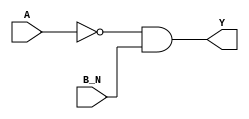
module sky130_fd_sc_ms__nor2b_2 (
    Y  ,
    A  ,
    B_N
);
    output Y  ;
    input  A  ;
    input  B_N;
    wire not0_out  ;
    wire and0_out_Y;
    not not0 (not0_out  , A              );
    and and0 (and0_out_Y, not0_out, B_N  );
    buf buf0 (Y         , and0_out_Y     );
endmodule